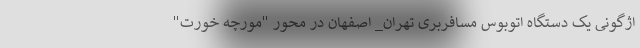
اژگونی یک دستگاه اتوبوس مسافربری تهران_ اصفهان در محور "مورچه خورت"